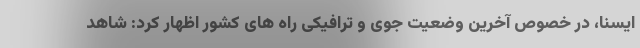
ایسنا، در خصوص آخرین وضعیت جوی و ترافیکی راه های کشور اظهار کرد: شاهد